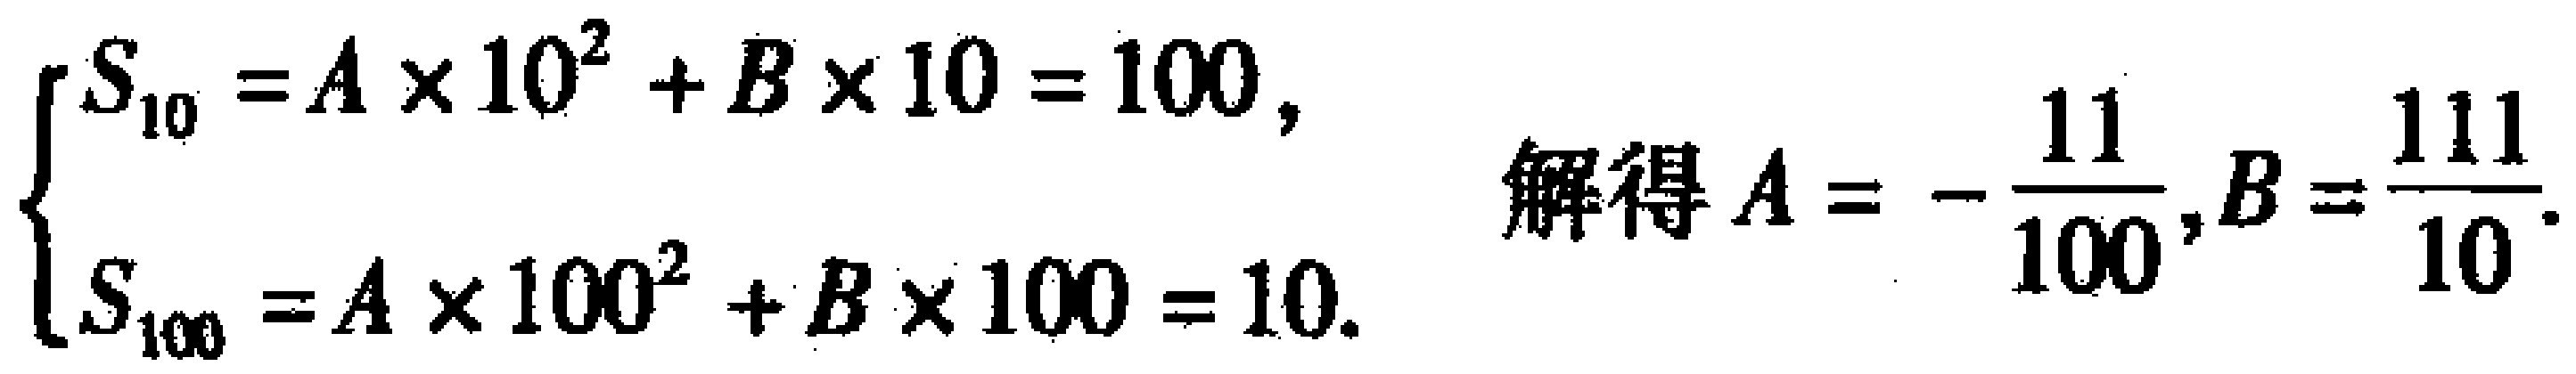
\[\begin{cases}S_{10}=A\times 10^{2}+B\times 10 = 100,\\S_{100}=A\times 100^{2}+B\times 100 = 10.\end{cases}\quad 解得A = -\frac{11}{100},B=\frac{111}{10}.\]